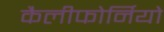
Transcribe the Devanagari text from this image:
कैलीफोर्नियो